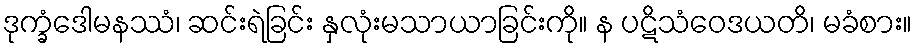
ဒုက္ခံဒေါမနဿံ၊ ဆင်းရဲခြင်း နှလုံးမသာယာခြင်းကို။ န ပဋိသံဝေဒယတိ၊ မခံစား။